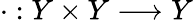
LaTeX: \cdot:Y\times Y\longrightarrow Y